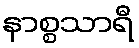
နာစ္စသာရီ